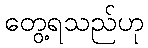
တွေ့ရသည်ဟု